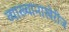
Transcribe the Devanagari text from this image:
व्याख्यानाखेरीज